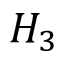
H _ { 3 }